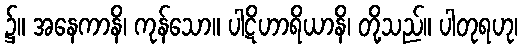
၌။ အနေကာနိ၊ ကုန်သော။ ပါဋိဟာရိယာနိ၊ တို့သည်။ ပါတုရဟု၊